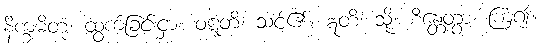
နိက္ခမိတုံ၊ ထွက်ခြင်းငှာ။ ဝဋ္ဋတိ၊ သင့်၏။ ဣတိ၊ သို့။ စိန္တေတွာ၊ ကြံ၍။